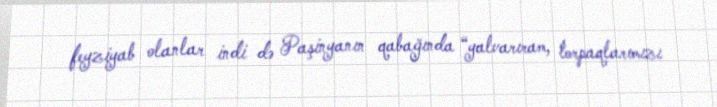
feyziyab olanlar indi də Paşinyanın qabağında “yalvarıram, torpaqlarımızı